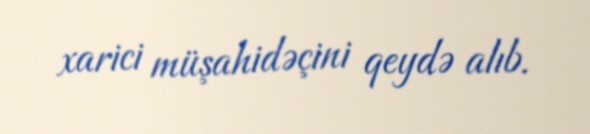
xarici müşahidəçini qeydə alıb.